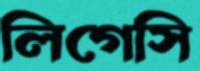
লিগেসি